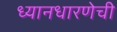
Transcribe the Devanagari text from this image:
ध्यानधारणेची